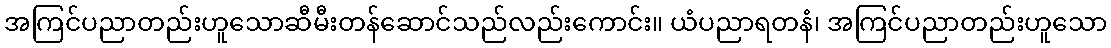
အကြင်ပညာတည်းဟူသောဆီမီးတန်ဆောင်သည်လည်းကောင်း။ ယံပညာရတနံ၊ အကြင်ပညာတည်းဟူသော